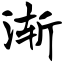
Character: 渐